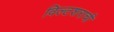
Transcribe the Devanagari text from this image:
विल्टशराची